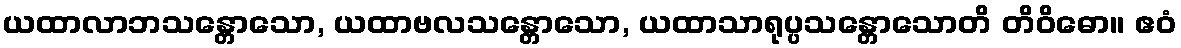
ယထာလာဘသန္တောသော, ယထာဗလသန္တောသော, ယထာသာရုပ္ပသန္တောသောတိ တိဝိဓော။ ဧဝံ